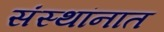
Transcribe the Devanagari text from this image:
संस्थांनात